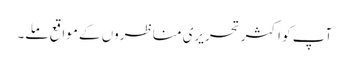
آپ کو اکثر تحریری مناظروں کے مواقع ملے۔